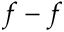
f - f